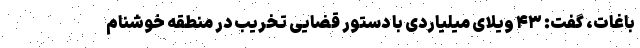
باغات، گفت: ۴۳ ویلای میلیاردی با دستور قضایی تخریب در منطقه خوشنام